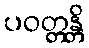
ပဝတ္တန္တိ